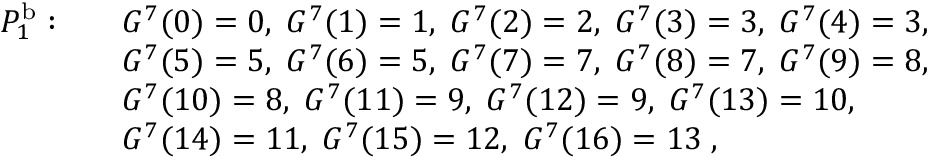
\begin{array} { r l } { P _ { 1 } ^ { \mathrm { b } } : \quad } & { G ^ { 7 } ( 0 ) = 0 , \; G ^ { 7 } ( 1 ) = 1 , \; G ^ { 7 } ( 2 ) = 2 , \; G ^ { 7 } ( 3 ) = 3 , \; G ^ { 7 } ( 4 ) = 3 , } \\ & { G ^ { 7 } ( 5 ) = 5 , \; G ^ { 7 } ( 6 ) = 5 , \; G ^ { 7 } ( 7 ) = 7 , \; G ^ { 7 } ( 8 ) = 7 , \; G ^ { 7 } ( 9 ) = 8 , } \\ & { G ^ { 7 } ( 1 0 ) = 8 , \; G ^ { 7 } ( 1 1 ) = 9 , \; G ^ { 7 } ( 1 2 ) = 9 , \; G ^ { 7 } ( 1 3 ) = 1 0 , } \\ & { G ^ { 7 } ( 1 4 ) = 1 1 , \; G ^ { 7 } ( 1 5 ) = 1 2 , \; G ^ { 7 } ( 1 6 ) = 1 3 \; , } \end{array}